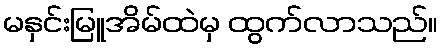
မနှင်းမြူအိမ်ထဲမှ ထွက်လာသည်။